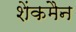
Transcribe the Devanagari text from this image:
शेंकमैन